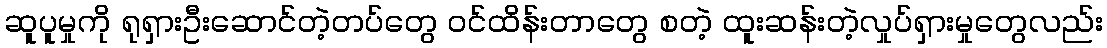
ဆူပူမှုကို ရုရှားဦးဆောင်တဲ့တပ်တွေ ဝင်ထိန်းတာတွေ စတဲ့ ထူးဆန်းတဲ့လှုပ်ရှားမှုတွေလည်း